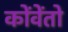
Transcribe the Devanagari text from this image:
कोंवेंतो